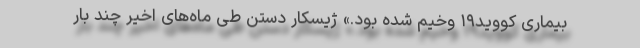
بیماری کووید۱۹ وخیم شده بود.» ژیسکار دستن طی ماه‌های اخیر چند بار